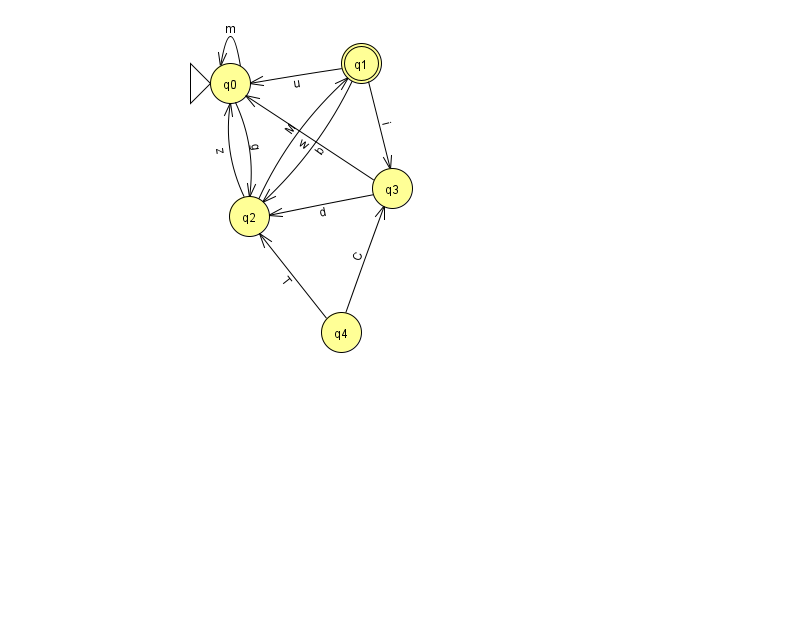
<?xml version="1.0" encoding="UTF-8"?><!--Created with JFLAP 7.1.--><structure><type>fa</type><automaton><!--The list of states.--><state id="0" name="q0"><x>230.0</x><y>70.0</y><initial/></state><state id="1" name="q1"><x>361.0</x><y>50.0</y><final/></state><state id="2" name="q2"><x>249.0</x><y>203.0</y></state><state id="3" name="q3"><x>392.0</x><y>175.0</y></state><state id="4" name="q4"><x>341.0</x><y>319.0</y></state><!--The list of transitions.--><transition><from>2</from><to>0</to><read>z</read></transition><transition><from>3</from><to>0</to><read>w</read></transition><transition><from>4</from><to>3</to><read>C</read></transition><transition><from>1</from><to>0</to><read>u</read></transition><transition><from>2</from><to>1</to><read>M</read></transition><transition><from>1</from><to>2</to><read>b</read></transition><transition><from>1</from><to>3</to><read>i</read></transition><transition><from>4</from><to>2</to><read>T</read></transition><transition><from>0</from><to>0</to><read>m</read></transition><transition><from>0</from><to>2</to><read>g</read></transition><transition><from>3</from><to>2</to><read>d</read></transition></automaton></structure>